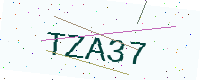
Text: TZA37